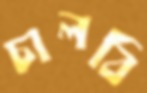
চালবি